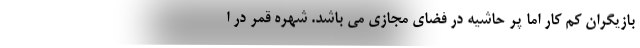
بازیگران کم کار اما پر حاشیه در فضای مجازی می باشد. شهره قمر در ا